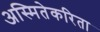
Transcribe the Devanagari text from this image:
अस्मितेकरिता